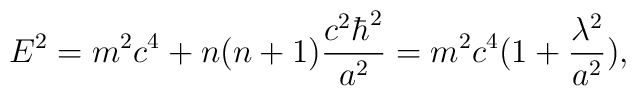
E^2 = m^2 c^4 + n(n+1) \frac {c^2 \hbar^{2}}{a^2} =m^2c^4(1+\frac{\lambda^2}{a^2}) ,